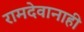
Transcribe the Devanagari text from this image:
रामदेवानाही